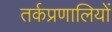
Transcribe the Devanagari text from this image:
तर्कप्रणालियों